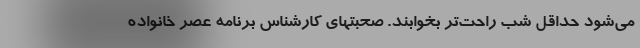
می‌شود حداقل شب راحت‌تر بخوابند. صحبتهای کارشناس برنامه عصر خانواده